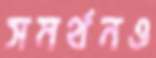
সমর্থনও